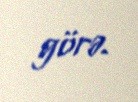
görə.